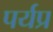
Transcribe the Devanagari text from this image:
पर्यप्र